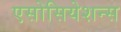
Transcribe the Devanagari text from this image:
एसोसियेशन्स